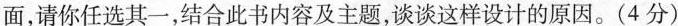
面，请你任选其一，结合此书内容及主题，谈谈这样设计的原因。(4分)